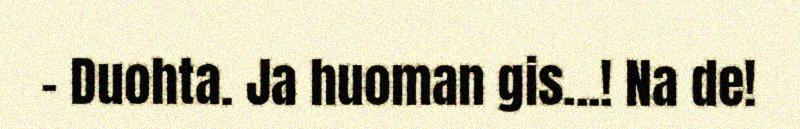
– Duohta. Ja huoman gis...! Na de!